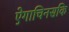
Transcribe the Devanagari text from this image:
ऐगाचिनसकि